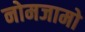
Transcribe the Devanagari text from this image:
नोमजामो